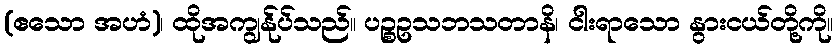
(ဧသော အဟံ)၊ ထိုအကျွန်ုပ်သည်။ ပဉ္စဥသဘသတာနိ၊ ငါးရာသော နွားငယ်တို့ကို။